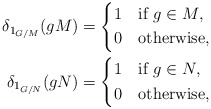
\begin{align*}\delta_{1_{G/M}}(gM)&=\begin{dcases*}1 & if $g\in M$, \\0 & otherwise,\end{dcases*} \\\delta_{1_{G/N}}(gN)&=\begin{dcases*}1 & if $g\in N$, \\0 & otherwise,\end{dcases*}\end{align*}